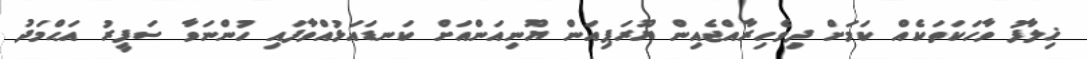
ޚިލާފު ވާހަކަތަކެއް ކަމަށް ދިވެހިރާއްޖެއިން ޔޫރަޕިއަން ޔޫނިއަންއަށް ކަނޑައަޅުއްވާފައި ހުންނަވާ ސަފީރު އަޙްމަދު